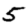
Digit: 5